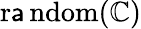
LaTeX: \operatorname{r\mathsf{a}ndom}(\mathbb{C})